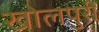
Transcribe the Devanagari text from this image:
खोलपुरी